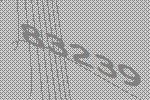
83239